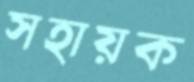
সহায়ক